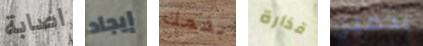
اصابة إيجاد بفمك قذارة تحميل